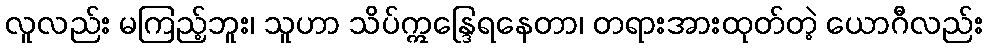
လူလည်း မကြည့်ဘူး၊ သူဟာ သိပ်ဣန္ဒြေရနေတာ၊ တရားအားထုတ်တဲ့ ယောဂီလည်း